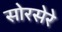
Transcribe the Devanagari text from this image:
सोरसेरे